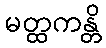
မတ္ထကန္တိ